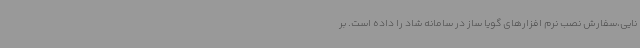
نایی،سفارش نصب نرم افزارهای گویا ساز در سامانه شاد را داده است. بر